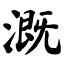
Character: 溉